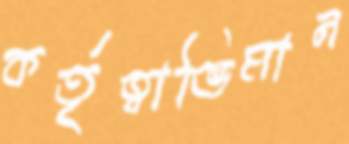
কর্তৃত্বাভিমান